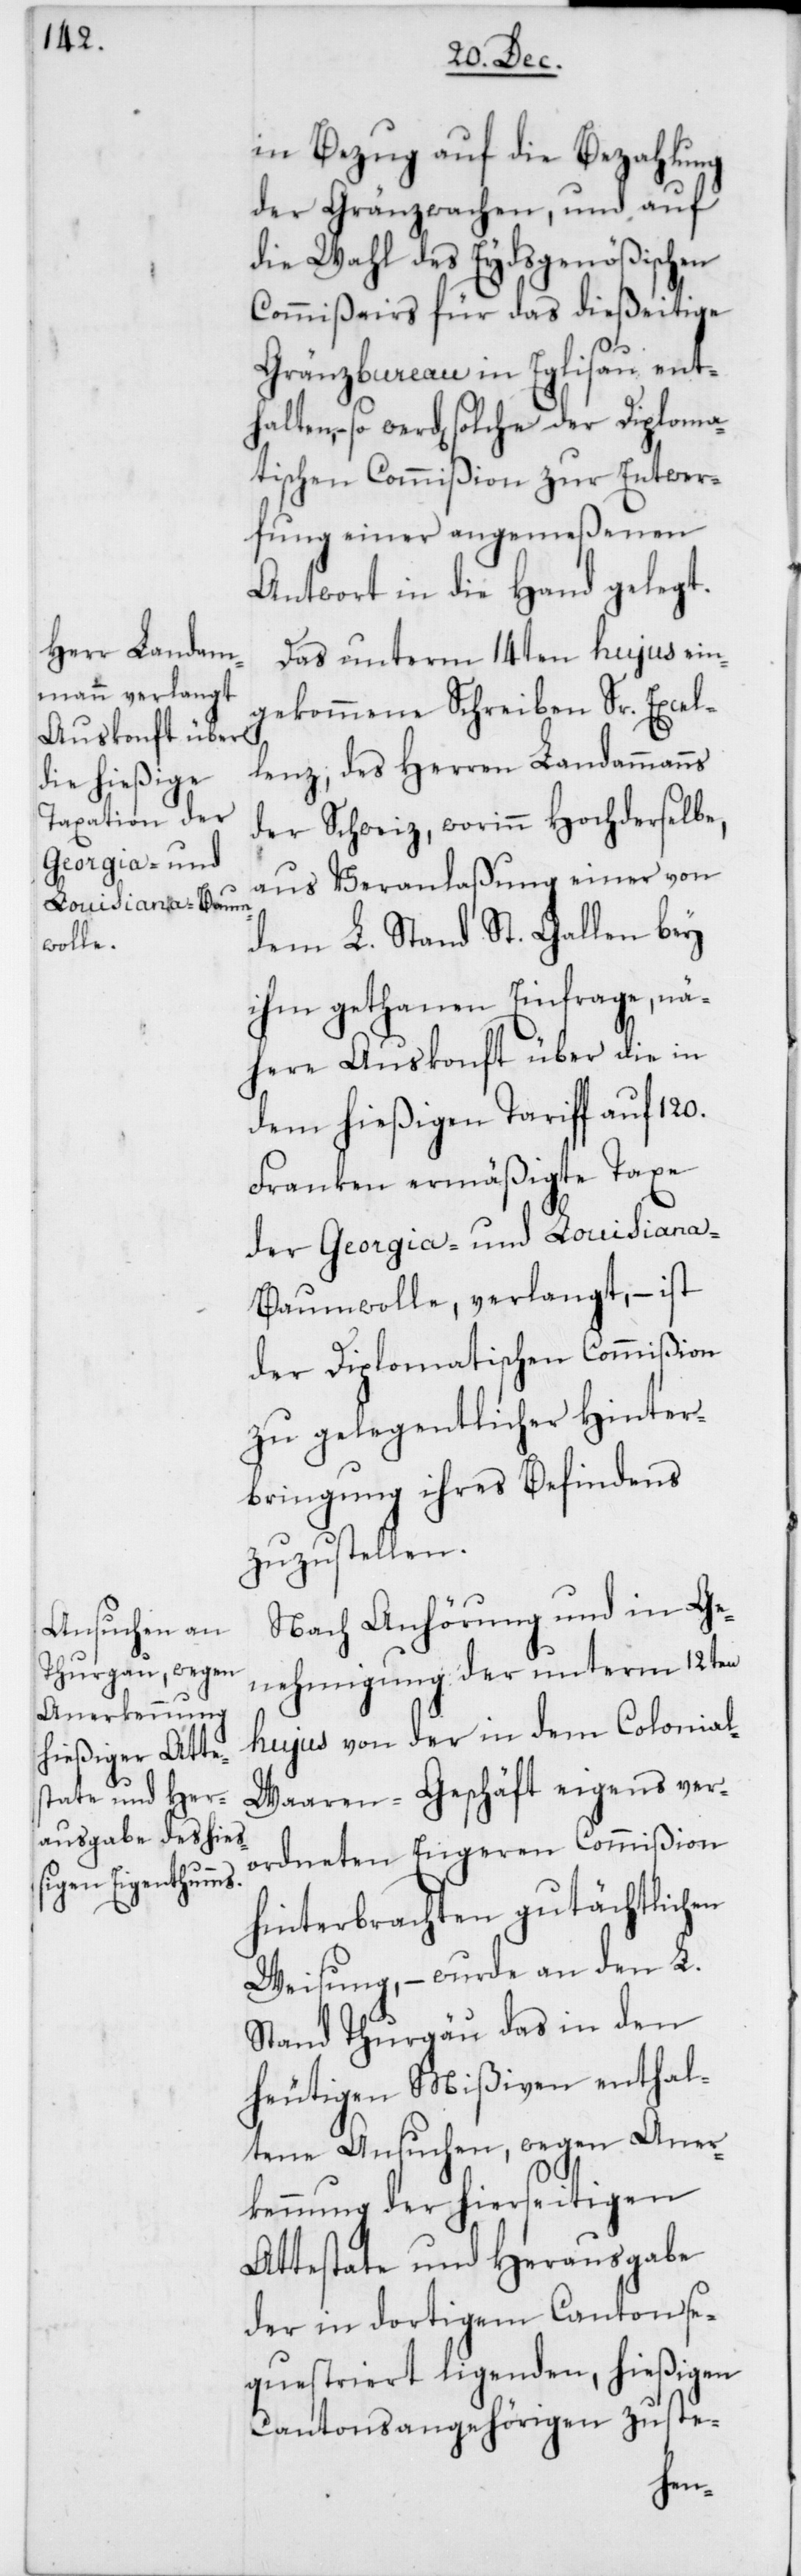
in Bezug auf die Bezahlung
der Gränzwachen, und auf
die Wahl des Eydsgenößischen
Commißairs für das dießeitige
Gränzbureau in Eglisau ent¬
halten, so werden solche der Diploma¬
tischen Commißion zur Entwer¬
fung einer angemeßenen
Antwort in die Hand gelegt.
Das unterm 14ten hujus ein¬
gekommene Schreiben Sr. Excel¬
lenz, des Herren Landammanns
der Schweiz, worinn hochderselbe,
aus Veranlaßung einer von
dem L. Stand St. Gallen bey
ihm gethanen Einfrage, nä¬
here Auskonft über die in
dem hießigen Tariff auf 120.
Franken ermäßigte Taxe
der Georgia- und Louisiana-B¬
aumwolle, verlangt, – ist
der Diplomatischen Commißion
zu gelegentlicher Hinter¬
bringung ihres Befindens
zuzustellen.
Nach Anhörung und in Ge¬
nehmigung der unterm 12ten
hujus von der in dem Colonia¬
l-Waaren-Geschäft eigens ver¬
ordneten Engeren Commißion
hinterbrachten gutächtlichen
Weisung, – wurde an den L.
Stand Thurgau das in den
heutigen Mißiven enthal¬
tene Ansuchen, wegen Aner¬
kennung der hierseitigen
Attestate und Herausgabe
der in dortigem Canton se¬
questriert liegenden, hießigen
Cantonsangehörigen zuste-